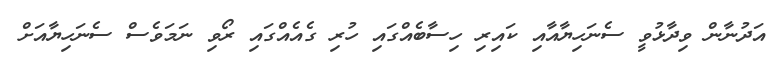
އަދުނާން ވިދާޅުވީ ސެނަހިޔާއާއި ކައިރި ހިސާބެއްގައި ހުރި ގެއެއްގައި ރޯވި ނަމަވެސް ސެނަހިޔާއަށް